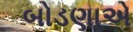
બોડણાએ